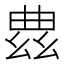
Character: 𫷠